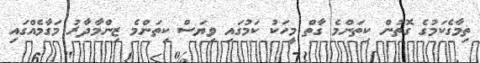
ތިމާގެކަމުގެ ގޮތުން ކިތަންމެ ގާތް މީހަކު ކަމުގައި ވިޔަސް ކިތަންމެ ޒިންމާދާރު މަގާމެއްގައި